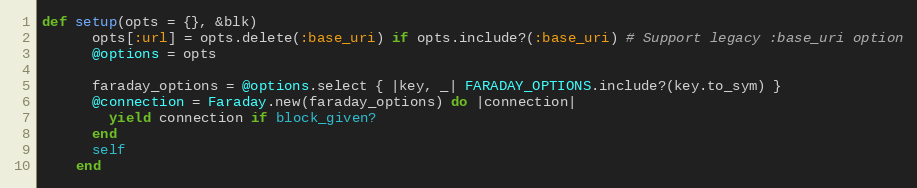
Language: Ruby
def setup(opts = {}, &blk)
      opts[:url] = opts.delete(:base_uri) if opts.include?(:base_uri) # Support legacy :base_uri option
      @options = opts

      faraday_options = @options.select { |key, _| FARADAY_OPTIONS.include?(key.to_sym) }
      @connection = Faraday.new(faraday_options) do |connection|
        yield connection if block_given?
      end
      self
    end